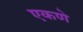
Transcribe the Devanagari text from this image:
एकणे